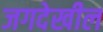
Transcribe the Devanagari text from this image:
जगदेखील